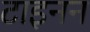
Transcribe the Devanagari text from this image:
टाइनन